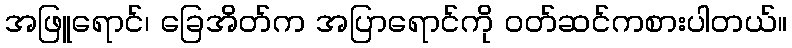
အဖြူရောင်၊ ခြေအိတ်က အပြာရောင်ကို ဝတ်ဆင်ကစားပါတယ်။